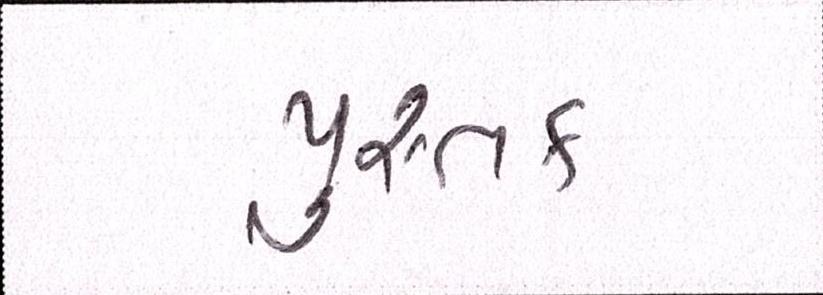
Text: પુસ્તક